Report on lock hospitals in British Burma
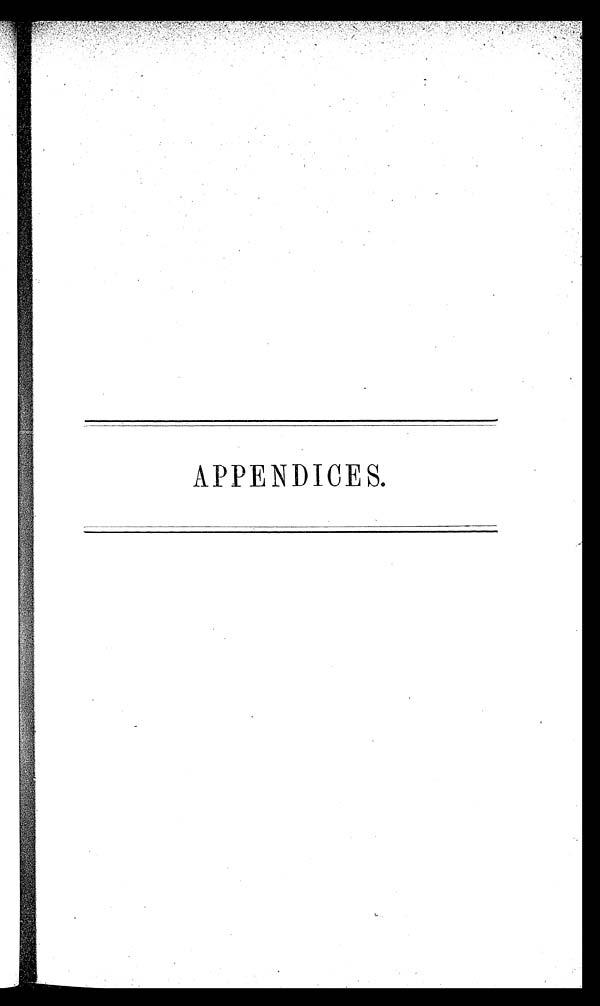
APPENDICES.